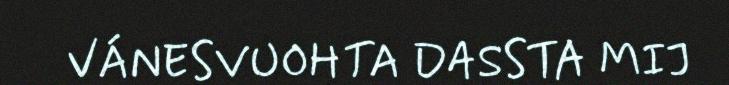
VÁNESVUOHTA DASSTA MIJ